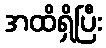
အထိရှိပြီး